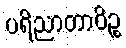
ပရိညာတာဝိဉ္စ